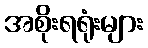
အစိုးရရုံးများ